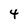
Character: 4